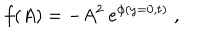
LaTeX: f ( A ) = - A ^ { 2 } \: e ^ { \phi ( y = 0 , t ) } \; ,